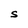
Character: S